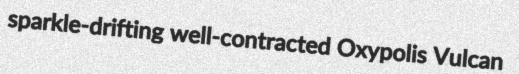
sparkle-drifting well-contracted Oxypolis Vulcan